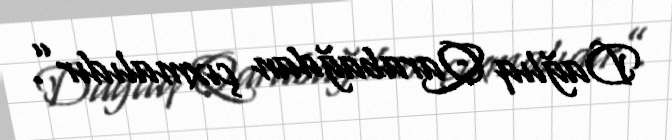
Dağlıq Qarabağdan çıxmalıdır”.